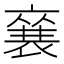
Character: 𮖚